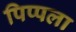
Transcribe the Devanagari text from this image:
पिप्पला